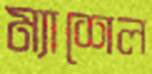
ম্যাশেল